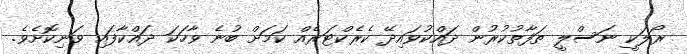
ރޯލަކީ ނަސްލީ ތަފާތުކުރުން ދައްކުވައިދޭ ކެރެކްޓަރެއް ކަމަށް ބުނެ ވާހަކަ ދައްކާފައި ވަނިކޮށެވެ.